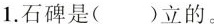
1.石碑是()立的。